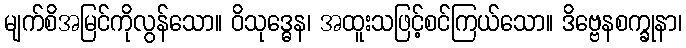
မျက်စိအမြင်ကိုလွန်သော။ ဝိသုဒ္ဓေန၊ အထူးသဖြင့်စင်ကြယ်သော။ ဒိဗ္ဗေနစက္ခုနာ၊